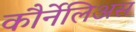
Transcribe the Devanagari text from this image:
कौर्नेलिअस